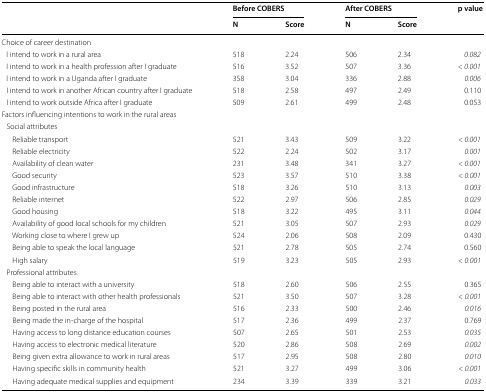
<table><thead><tr><td rowspan="2"></td><td colspan="2"><b>Before COBERS</b></td><td colspan="2"><b>After COBERS</b></td><td rowspan="2"><b>p value</b></td></tr><tr><td><b>N</b></td><td><b>Score</b></td><td><b>N</b></td><td><b>Score</b></td></tr></thead><tbody><tr><td colspan="6">Choice of career destination</td></tr><tr><td> I intend to work in a rural area</td><td>518</td><td>2.24</td><td>506</td><td>2.34</td><td><i>0.082</i></td></tr><tr><td> I intend to work in a health profession after I graduate</td><td>516</td><td>3.52</td><td>507</td><td>3.36</td><td><i>&lt;</i> <i>0.001</i></td></tr><tr><td> I intend to work in a Uganda after I graduate</td><td>358</td><td>3.04</td><td>336</td><td>2.88</td><td><i>0.006</i></td></tr><tr><td> I intend to work in another African country after I graduate</td><td>518</td><td>2.58</td><td>497</td><td>2.49</td><td>0.110</td></tr><tr><td> I intend to work outside Africa after I graduate</td><td>509</td><td>2.61</td><td>499</td><td>2.48</td><td>0.053</td></tr><tr><td colspan="6">Factors influencing intentions to work in the rural areas</td></tr><tr><td colspan="6"> Social attributes</td></tr><tr><td>Reliable transport</td><td>521</td><td>3.43</td><td>509</td><td>3.22</td><td><i>&lt;</i> <i>0.001</i></td></tr><tr><td>Reliable electricity</td><td>522</td><td>2.24</td><td>502</td><td>3.17</td><td><i>0.001</i></td></tr><tr><td>Availability of clean water</td><td>231</td><td>3.48</td><td>341</td><td>3.27</td><td><i>&lt;</i> <i>0.001</i></td></tr><tr><td>Good security</td><td>523</td><td>3.57</td><td>510</td><td>3.38</td><td><i>&lt;</i> <i>0.001</i></td></tr><tr><td>Good infrastructure</td><td>518</td><td>3.26</td><td>510</td><td>3.13</td><td><i>0.003</i></td></tr><tr><td>Reliable internet</td><td>522</td><td>2.97</td><td>506</td><td>2.85</td><td><i>0.029</i></td></tr><tr><td>Good housing</td><td>518</td><td>3.22</td><td>495</td><td>3.11</td><td><i>0.044</i></td></tr><tr><td>Availability of good local schools for my children</td><td>521</td><td>3.05</td><td>507</td><td>2.93</td><td><i>0.029</i></td></tr><tr><td>Working close to where I grew up</td><td>524</td><td>2.06</td><td>508</td><td>2.09</td><td>0.430</td></tr><tr><td>Being able to speak the local language</td><td>521</td><td>2.78</td><td>505</td><td>2.74</td><td>0.560</td></tr><tr><td>High salary</td><td>519</td><td>3.23</td><td>505</td><td>2.93</td><td><i>&lt;</i> <i>0.001</i></td></tr><tr><td colspan="6"> Professional attributes</td></tr><tr><td>Being able to interact with a university</td><td>518</td><td>2.60</td><td>506</td><td>2.55</td><td>0.365</td></tr><tr><td>Being able to interact with other health professionals</td><td>521</td><td>3.50</td><td>507</td><td>3.28</td><td><i>&lt;</i> <i>0.001</i></td></tr><tr><td>Being posted in the rural area</td><td>516</td><td>2.33</td><td>500</td><td>2.46</td><td><i>0.016</i></td></tr><tr><td>Being made the in-charge of the hospital</td><td>517</td><td>2.36</td><td>499</td><td>2.37</td><td>0.769</td></tr><tr><td>Having access to long distance education courses</td><td>507</td><td>2.65</td><td>501</td><td>2.53</td><td><i>0.035</i></td></tr><tr><td>Having access to electronic medical literature</td><td>520</td><td>2.86</td><td>508</td><td>2.69</td><td><i>0.002</i></td></tr><tr><td>Being given extra allowance to work in rural areas</td><td>517</td><td>2.95</td><td>508</td><td>2.80</td><td><i>0.010</i></td></tr><tr><td>Having specific skills in community health</td><td>521</td><td>3.27</td><td>499</td><td>3.06</td><td><i>&lt;</i> <i>0.001</i></td></tr><tr><td>Having adequate medical supplies and equipment</td><td>234</td><td>3.39</td><td>339</td><td>3.21</td><td><i>0.033</i></td></tr></tbody></table>